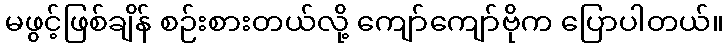
မဖွင့်ဖြစ်ချိန် စဉ်းစားတယ်လို့ ကျော်ကျော်ဗိုက ပြောပါတယ်။